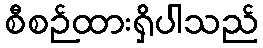
စီစဉ်ထားရှိပါသည်